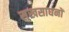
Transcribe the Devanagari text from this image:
सुखसाधनों